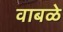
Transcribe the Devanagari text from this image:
वाबळे